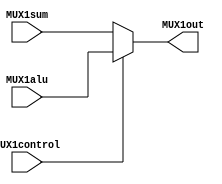
module mux_alu_sum(
    input [31:0] MUX1sum,
    input [31:0] MUX1alu,
    input MUX1control,
    output reg [31:0] MUX1out
    );

    always @(MUX1sum, MUX1alu, MUX1control)
    begin
        if (MUX1control == 0) begin
            MUX1out = MUX1sum;
        end
        else begin
            MUX1out = MUX1alu;
        end
    end
endmodule

/* module mux_alu_sum(
    input [31:0] MUXsum,
    input [31:0] MUX1alu,
    input MUXsum_aluop,
    output reg [31:0] MUXsum_aluout
    );

    always @(MUXsum, MUX1alu, MUXsum_aluop)
    begin
        case(MUXsum_aluop)
            0: MUXsum_aluout = MUXsum;
            1: MUXsum_aluout = MUX1alu;
        endcase
    end
endmodule */